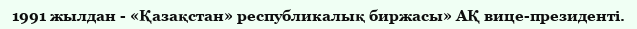
1991 жылдан - «Қазақстан» республикалық биржасы» АҚ вице-президенті.